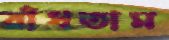
রাঁধতাম